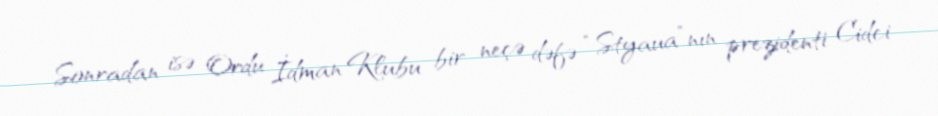
Sonradan isə Ordu İdman Klubu bir neçə dəfə “Styaua”nın prezidenti Cidci